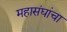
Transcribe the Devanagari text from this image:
महासंघांचा